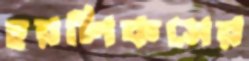
হরলিকসের